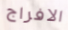
الافراج